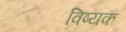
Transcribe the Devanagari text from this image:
विष्यक